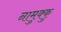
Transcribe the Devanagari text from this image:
नामुक्कु